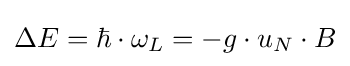
\Delta E=\hbar \cdot \omega _{L}=-g\cdot u_{N}\cdot B